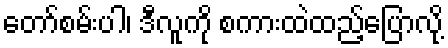
တော်စမ်းပါ၊ ဒီလူကို စကားထဲထည့်ပြောလို့